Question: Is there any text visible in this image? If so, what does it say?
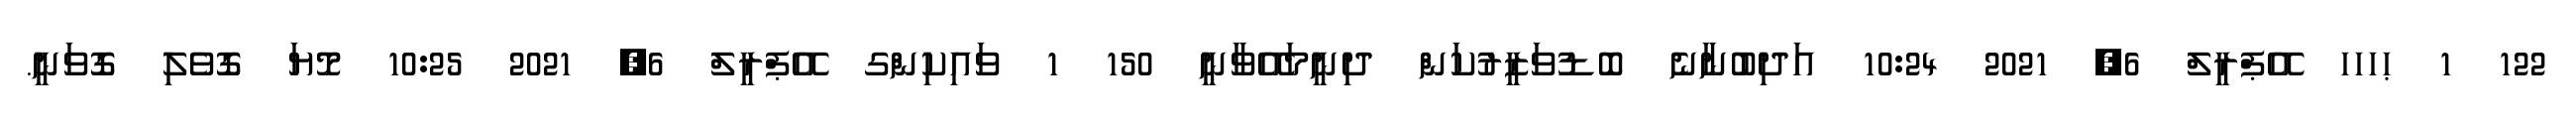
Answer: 122 1 ޙހހހ އޭޕްރީލް 6, 2021 10:24 އަދިބުނާނެ ބޮޑުވަޒީރުކަން ދިނީމައޭވާނީ 150 1 ވައިކިންގ އޭޕްރީލް 6, 2021 10:25 މޮޔަ ގޮވެލި ގޮވަނީ.